Civil Veterinary Department. Madras. Admin. report 1926-33 - 1926-1933
Year: 1926
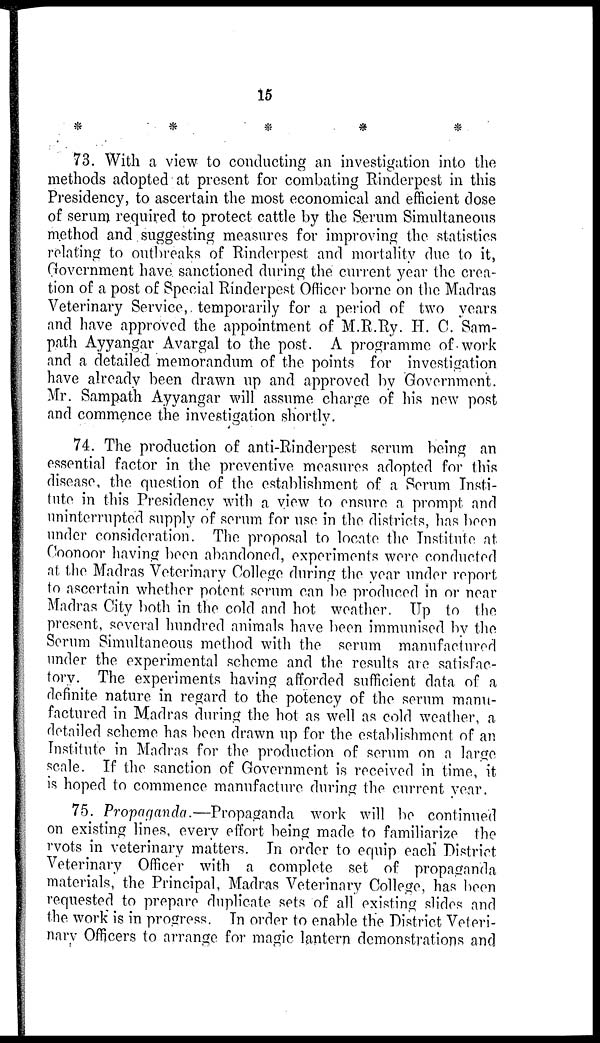
15
*
*
*
*
*
73. With a view to conducting an investigation into the
methods adopted at present for combating Rinderpest in this
Presidency, to ascertain the most economical and efficient dose
of serum required to protect cattle by the Serum Simultaneous
method and suggesting measures for improving the statistics
relating to outbreaks of Rinderpest and mortality due to it,
Government have sanctioned during the current year the crea-
tion of a post of Special Rinderpest Officer borne on the Madras
Veterinary Service, temporarily for a period of two years
and have approved the appointment of M.R.Ry. H. C. Sam-
path Ayyangar Avargal to the post. A programme of work
and a detailed memorandum of the points for investigation
have already been drawn up and approved by Government.
Mr. Sampath Ayyangar will assume charge of his new post
and commence the investigation shortly.
74. The production of anti-Rinderpest serum being an
essential factor in the preventive measures adopted for this
disease, the question of the establishment of a Serum Insti-
tute in this Presidency with a view to ensure a prompt and
uninterrupted supply of serum for use in the districts, has been
under consideration. The proposal to locate the Institute at
Coonoor having been abandoned, experiments were conducted
at the Madras Veterinary College during the year under report
to ascertain whether potent serum can be produced in or near
Madras City both in the cold and hot weather. Up to the
present, several hundred animals have been immunised by the
Serum Simultaneous method with the serum manufactured
under the experimental scheme and the results are satisfac-
tory. The experiments having afforded sufficient data of a
definite nature in regard to the potency of the serum manu-
factured in Madras during the hot as well as cold weather, a
detailed scheme has been drawn up for the establishment of an
Institute in Madras for the production of serum on a large
scale. If the sanction of Government is received in time, it
is hoped to commence manufacture during the current year.
75. Propaganda.—Propaganda work will be continued
on existing lines, every effort being made to familiarize the
rvots in veterinary matters. In order to equip each District
Veterinary Officer with a complete set of propaganda
materials, the Principal, Madras Veterinary College, has been
requested to prepare duplicate sets of all existing slides and
the work is in progress. In order to enable the District Veteri-
nary Officers to arrange for magic lantern demonstrations and